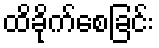
ထိခိုက်စေခြင်း